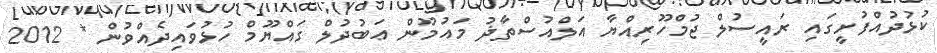
ކުޅުދުއްފުށީގައި ރައީސުލް ޖުމްހޫރިއްޔާ އަލްއުސްތާޛު މައުމޫން ޢަބުދުލް ގައްޔޫމް ހުޅުވައިދެއްވުން * 2012